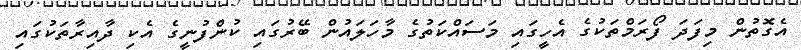
އެގޮތުން މިފަދަ ފޯރަމްތަކުގެ އެހީގައި މަސައްކަތުގެ މާހަލައުން ބޭރުގައި ކުންފުނީގެ އެކި ދާއިރާތަކުގައި